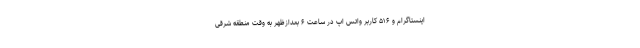
اینستاگرام و ۵۱۶ کاربر واتس اپ در ساعت ۶ بعدازظهر به وقت منطقه شرقی